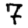
Digit: 7